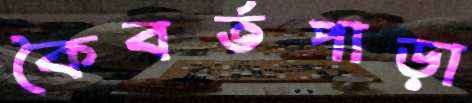
কৈবর্তপাড়া